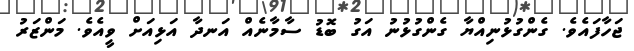
ޖަހާފައެވެ. ގެންގުޅުނިއްޔާ ގެންގުޅުނު އަގު ބޮޑު ސާމާނެއް އަނދާ އަޅިއަށް ވީއެވެ. މަންޒަރު